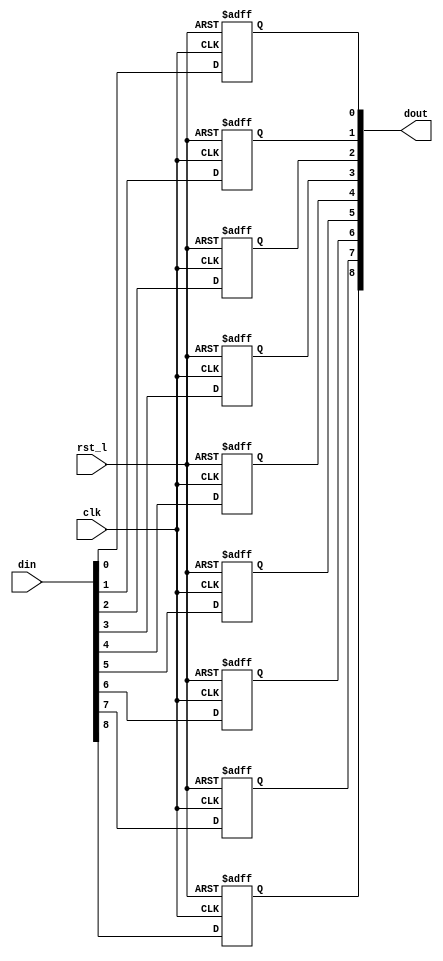
module rvdff_WIDTH9
(
  din,
  clk,
  rst_l,
  dout
);

  input [8:0] din;
  output [8:0] dout;
  input clk;
  input rst_l;
  wire N0;
  reg [8:0] dout;

  always @(posedge clk or posedge N0) begin
    if(N0) begin
      dout[8] <= 1'b0;
    end else if(1'b1) begin
      dout[8] <= din[8];
    end
  end


  always @(posedge clk or posedge N0) begin
    if(N0) begin
      dout[7] <= 1'b0;
    end else if(1'b1) begin
      dout[7] <= din[7];
    end
  end


  always @(posedge clk or posedge N0) begin
    if(N0) begin
      dout[6] <= 1'b0;
    end else if(1'b1) begin
      dout[6] <= din[6];
    end
  end


  always @(posedge clk or posedge N0) begin
    if(N0) begin
      dout[5] <= 1'b0;
    end else if(1'b1) begin
      dout[5] <= din[5];
    end
  end


  always @(posedge clk or posedge N0) begin
    if(N0) begin
      dout[4] <= 1'b0;
    end else if(1'b1) begin
      dout[4] <= din[4];
    end
  end


  always @(posedge clk or posedge N0) begin
    if(N0) begin
      dout[3] <= 1'b0;
    end else if(1'b1) begin
      dout[3] <= din[3];
    end
  end


  always @(posedge clk or posedge N0) begin
    if(N0) begin
      dout[2] <= 1'b0;
    end else if(1'b1) begin
      dout[2] <= din[2];
    end
  end


  always @(posedge clk or posedge N0) begin
    if(N0) begin
      dout[1] <= 1'b0;
    end else if(1'b1) begin
      dout[1] <= din[1];
    end
  end


  always @(posedge clk or posedge N0) begin
    if(N0) begin
      dout[0] <= 1'b0;
    end else if(1'b1) begin
      dout[0] <= din[0];
    end
  end

  assign N0 = ~rst_l;

endmodule